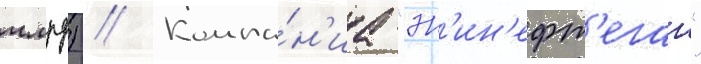
млрд) // Компа́н'иа "эн'ин'ефт'егаз"